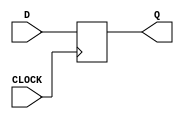
`timescale 1ns / 1ps
//////////////////////////////////////////////////////////////////////////////////
// Company: 
// Engineer: 
// 
// Design Name: 
// Module Name: dff
// Project Name: 
// Target Devices: 
// Tool Versions: 
// Description: 
// 
// Dependencies: 
// 
// Revision:
// Revision 0.01 - File Created
// Additional Comments:
// 
//////////////////////////////////////////////////////////////////////////////////


module dff( 
    input CLOCK, D,
    output reg Q = 0
    );
    
    always @ (posedge CLOCK) begin
        Q <= D;
    end
    
endmodule